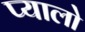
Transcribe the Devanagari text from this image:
प्यालो